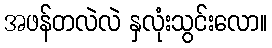
အဖန်တလဲလဲ နှလုံးသွင်းလော။